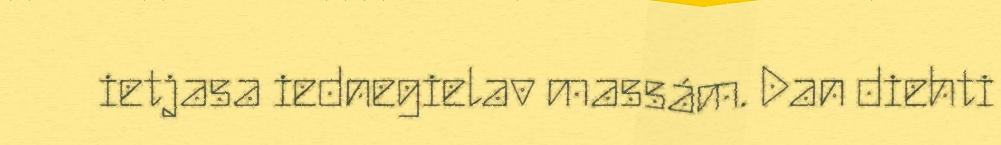
ietjasa iednegielav massám. Dan diehti